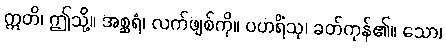
ဣတိ၊ ဤသို့။ အစ္ဆရံ၊ လက်ဖျစ်ကို။ ပဟရိံသု၊ ခတ်ကုန်၏။ သော၊